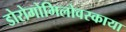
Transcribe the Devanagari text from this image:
डोरोगोमिलोवस्काया